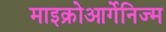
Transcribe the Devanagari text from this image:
माइक्रोआर्गेनिज्म